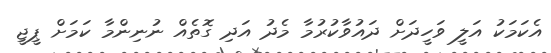
އެކަމަކު އަލީ ވަހީދަށް ދައުވާކުރުމާ މެދު އަދި ގޮތެއް ނުނިންމާ ކަމަށް ޕީޖީ